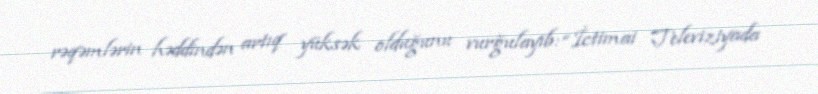
rəqəmlərin həddindən artıq yüksək olduğunu vurğulayıb: “İctimai Televiziyada